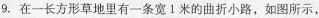
9.在一长方形草地里有一条宽1米的曲折小路，如图所示，